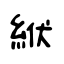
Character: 絥